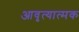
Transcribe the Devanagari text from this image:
आवृत्यात्मक